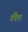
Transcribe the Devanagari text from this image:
बैंडेल